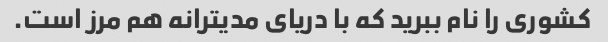
کشوری را نام ببرید که با دریای مدیترانه هم مرز است.